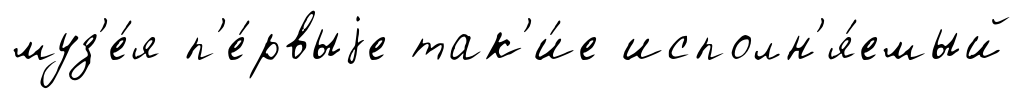
муз'е́я п'е́рвыjе так'и́е исполн'я́емый